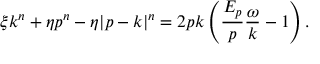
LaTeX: \xi k ^ { n } + \eta p ^ { n } - \eta | p - k | ^ { n } = 2 p k \left( \frac { E _ { p } } { p } \frac { \omega } { k } - 1 \right) .